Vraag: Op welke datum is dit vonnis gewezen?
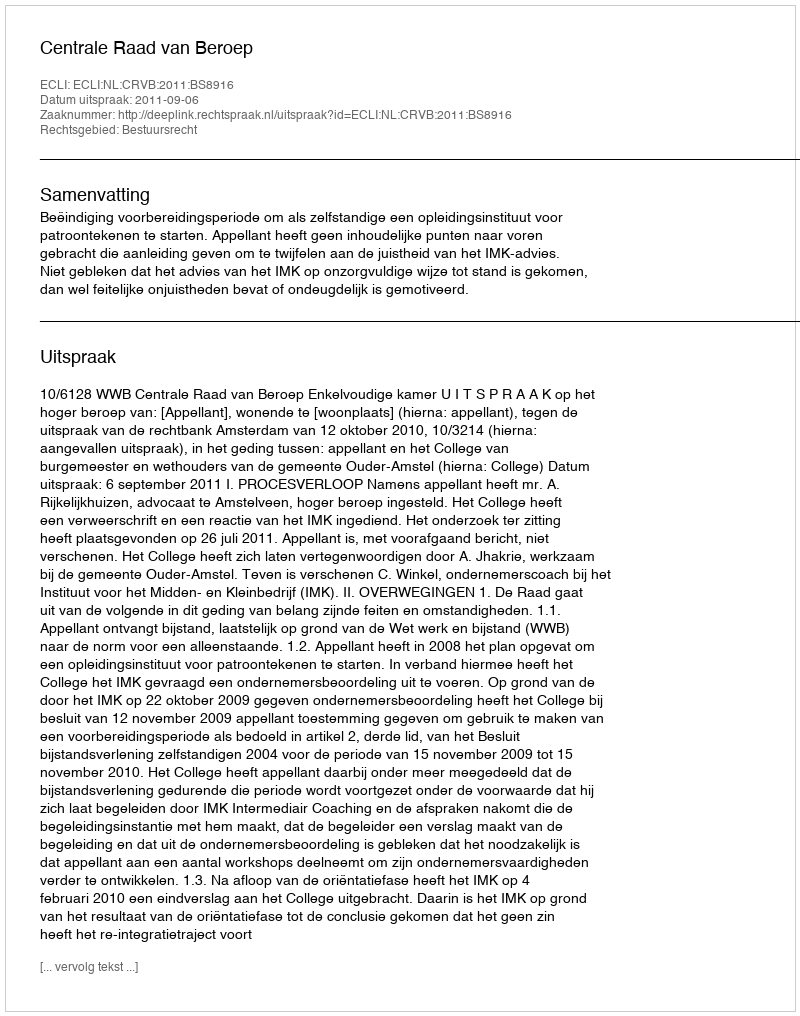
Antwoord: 2011-09-06